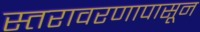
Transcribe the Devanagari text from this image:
स्तरावरणापासून